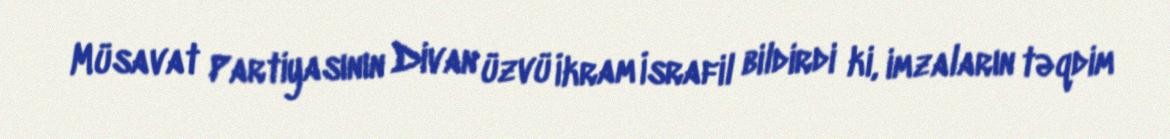
Müsavat Partiyasının Divan üzvü İkram İsrafil bildirdi ki, imzaların təqdim